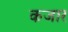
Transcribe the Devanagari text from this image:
कजार